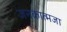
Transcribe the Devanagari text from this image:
जनकात्मजा